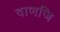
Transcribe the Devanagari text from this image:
वाणजि